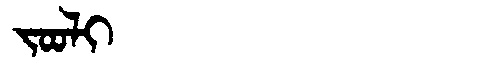
Manchu: ᠵᠣᠣᠯᡳ
Romanization: JOOLI